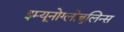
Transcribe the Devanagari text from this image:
इम्यूनोग्लोबुलिन्स